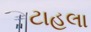
ટાહલા